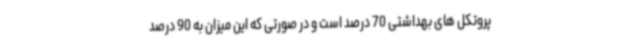
پروتکل های بهداشتی 70 درصد است و در صورتی که این میزان به 90 درصد